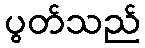
ပွတ်သည်